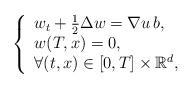
LaTeX: \begin{align*}\left\{\begin{array}{ l}w_t+\frac12 \Delta w = { \nabla u\, b},\\w(T,x) = 0, \\{\forall } (t,x)\in[0,T]\times \mathbb R^d,\end{array}\right.\end{align*}